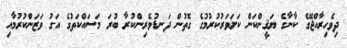
ދިވެހިރާއްޖޭގެ ކާނާގެ ޔަޤީންކަން ކަށަވަރުކުރުމުގެ ގޮތުން ދަނޑުވެރިންކުރާ ބުރަ މަސައްކަތުގެ އަގު ވަޒަންކުރުމާއި